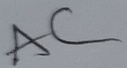
Text: AC